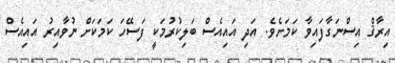
އިރާޤް އިސްނަގާފައިވާ ކަމަށެވެ. އަދި އައިއެސް ބަލިކުރުމަކީ ފަސޭހަ ކަމަކަށް ނުވާއިރު އައިއެސް